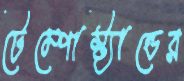
টেম্পোস্ট্যান্ডের